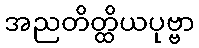
အညတိတ္ထိယပုဗ္ဗာ